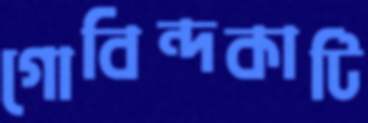
গোবিন্দকাটি